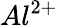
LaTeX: Al^{2+}